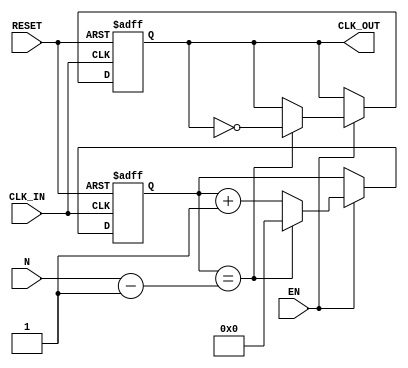
module Clock_Divider_Buffer (
    input wire CLK_IN,       // Input clock signal
    input wire RESET,        // Asynchronous reset
    input wire EN,          // Enable signal
    input wire [31:0] N,     // Division factor (positive integer)
    output reg CLK_OUT       // Divided clock signal
);

reg [31:0] counter;         // Counter for input clock cycles

always @(posedge CLK_IN or posedge RESET) begin
    if (RESET) begin
        counter <= 0;        // Reset the counter
        CLK_OUT <= 0;       // Reset the output clock
    end else if (EN) begin
        if (counter == N - 1) begin
            CLK_OUT <= ~CLK_OUT; // Toggle output clock when counter reaches N
            counter <= 0;     // Reset counter
        end else begin
            counter <= counter + 1; // Increment counter
        end
    end
end

endmodule